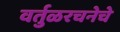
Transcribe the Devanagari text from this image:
वर्तुळरचनेचे